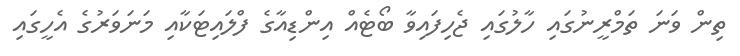
ތިން ވަނަ ތަމްރީނުގައި ހާލުގައި ޖެހިފައިވާ ބޯޓެއް އިންޑިއާގެ ފްލައިޓަކާއި މަނަވަރުގެ އެހީގައި